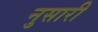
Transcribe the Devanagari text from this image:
नुसारी